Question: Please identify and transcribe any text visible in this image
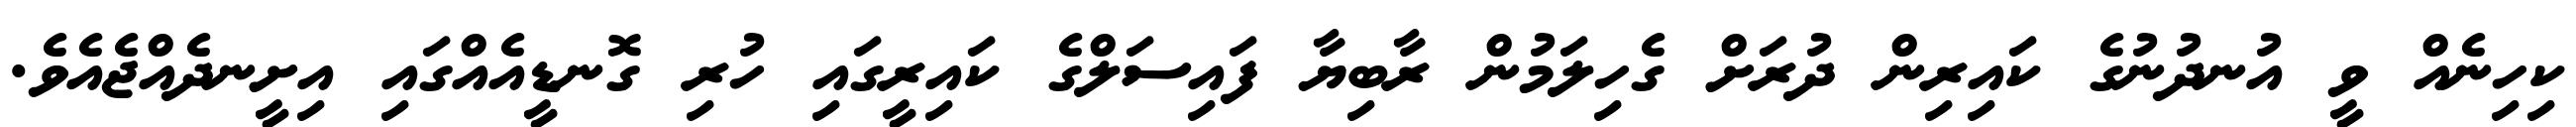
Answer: ކިހިނެއް ވީ އުނދުނުގެ ކައިރިން ދުރަށް ގެހިލަމުން ރާބިޔާ ފައިސަލްގެ ކައިރީގައި ހުރި ގޮނޑީއެއްގައި އިށީނދެއްޖެއެވެ.